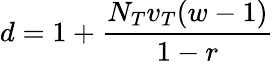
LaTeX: d=1+\frac{N_{T}v_{T}(w-1)}{1-r}